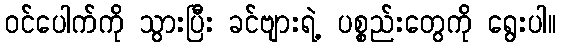
ဝင်ပေါက်ကို သွားပြီး ခင်ဗျားရဲ့ ပစ္စည်းတွေကို ရွေးပါ။